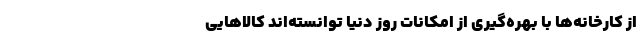
از کارخانه‌ها با بهره‌گیری از امکانات روز دنیا توانسته‌اند کالاهایی